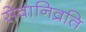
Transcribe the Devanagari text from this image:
सेवानिव्रति